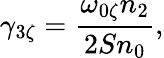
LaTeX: \gamma_{3\zeta}=\frac{\omega_{0\zeta}n_{2}}{2Sn_{0}},